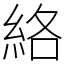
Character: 絡